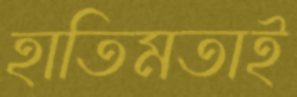
হাতিমতাই